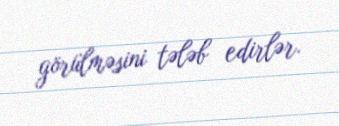
görülməsini tələb edirlər.